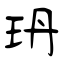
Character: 玬